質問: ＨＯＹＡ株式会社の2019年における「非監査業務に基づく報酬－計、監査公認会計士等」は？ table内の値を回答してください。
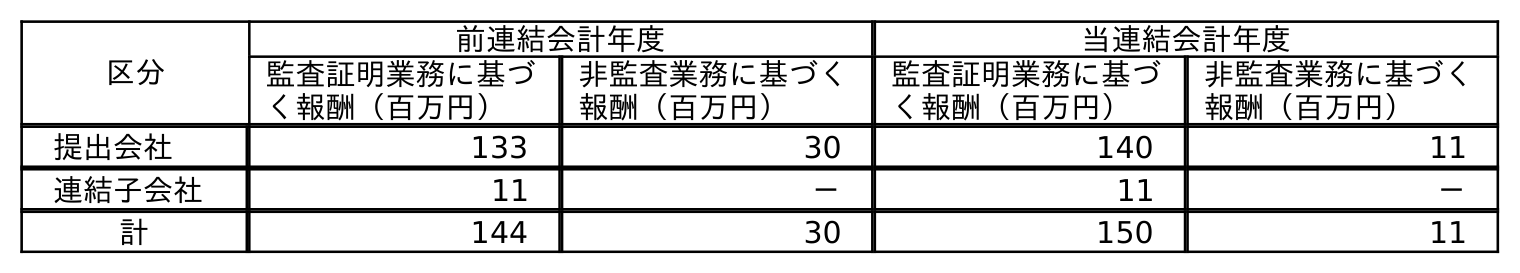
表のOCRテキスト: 区分 前連結会計年度 当連結会計年度 監査証明業務に基づ く報酬（百万円） 非監査業務に基づく 報酬（百万円） 監査証明業務に基づ く報酬（百万円） 非監査業務に基づく 報酬（百万円） 提出会社 133 30 140 11 連結子会社 11 － 11 － 計 144 30 150 11
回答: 30